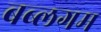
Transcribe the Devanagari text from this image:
बब्लगम